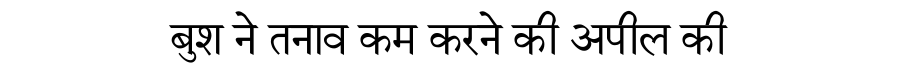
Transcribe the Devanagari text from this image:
बुश ने तनाव कम करने की अपील की